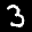
Label: 3